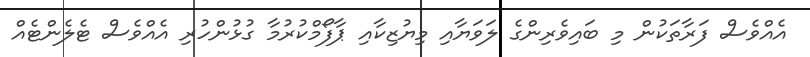
އެއްވެސް ފަރާތަކުން މި ބައިވެރިންގެ ލަވަޔާއި މިޔުޒިކާއި ޕާފޯމްކުރުމާ ގުޅުންހުރި އެއްވެސް ޓެލެންޓެއް